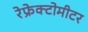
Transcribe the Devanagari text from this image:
रेफ्रेक्टोमीटर